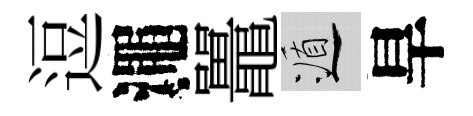
逗澠鼉遁旱